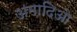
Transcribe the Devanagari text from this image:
अमादिओ